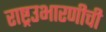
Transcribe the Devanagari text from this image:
राष्ट्रउभारणीची